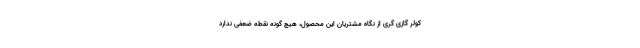
کولر گازی گری از نگاه مشتریان این محصول، هیچ گونه نقطه ضعفی ندارد